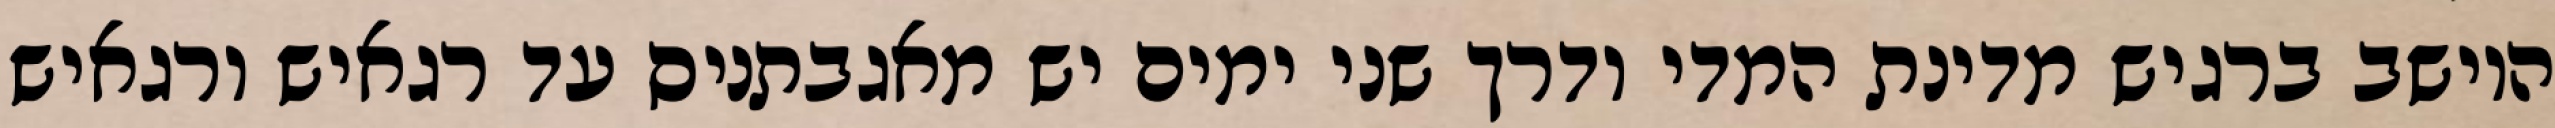
היושב ברגיש מדינת המדי ודרך שני ימים יש מאגבתניס עד רגאיש ורגאיש